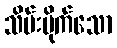
သိမ်းပိုက်သော